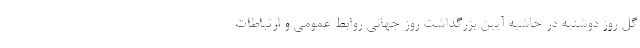
گل روز دوشنبه در حاشیه آیین بزرگداشت روز جهانی روابط عمومی و ارتباطات